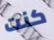
كنت